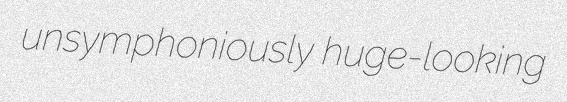
unsymphoniously huge-looking